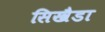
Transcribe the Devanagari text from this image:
सिखैडा